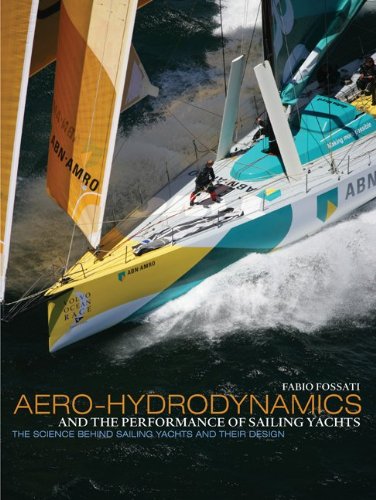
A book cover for Aero-Hydrodynamics and the Performance of Sailing Yachts: The Science Behind Sailboats and Their Design; Fabio Fossati; Sports & Outdoors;